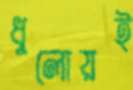
ধুলোয়ই